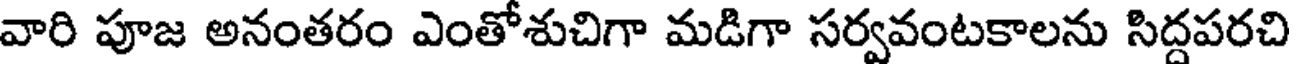
వారి పూజ అనంతరం ఎంతోశుచిగా మడిగా సర్వవంటకాలను సిద్దపరచి